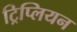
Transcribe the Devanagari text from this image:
ट्रिप्लियन